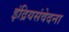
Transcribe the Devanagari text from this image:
इंद्रियसंवेदना